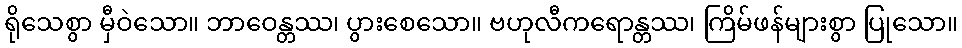
ရိုသေစွာ မှီဝဲသော။ ဘာဝေန္တဿ၊ ပွားစေသော။ ဗဟုလီကရောန္တဿ၊ ကြိမ်ဖန်များစွာ ပြုသော။